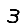
Digit: 3